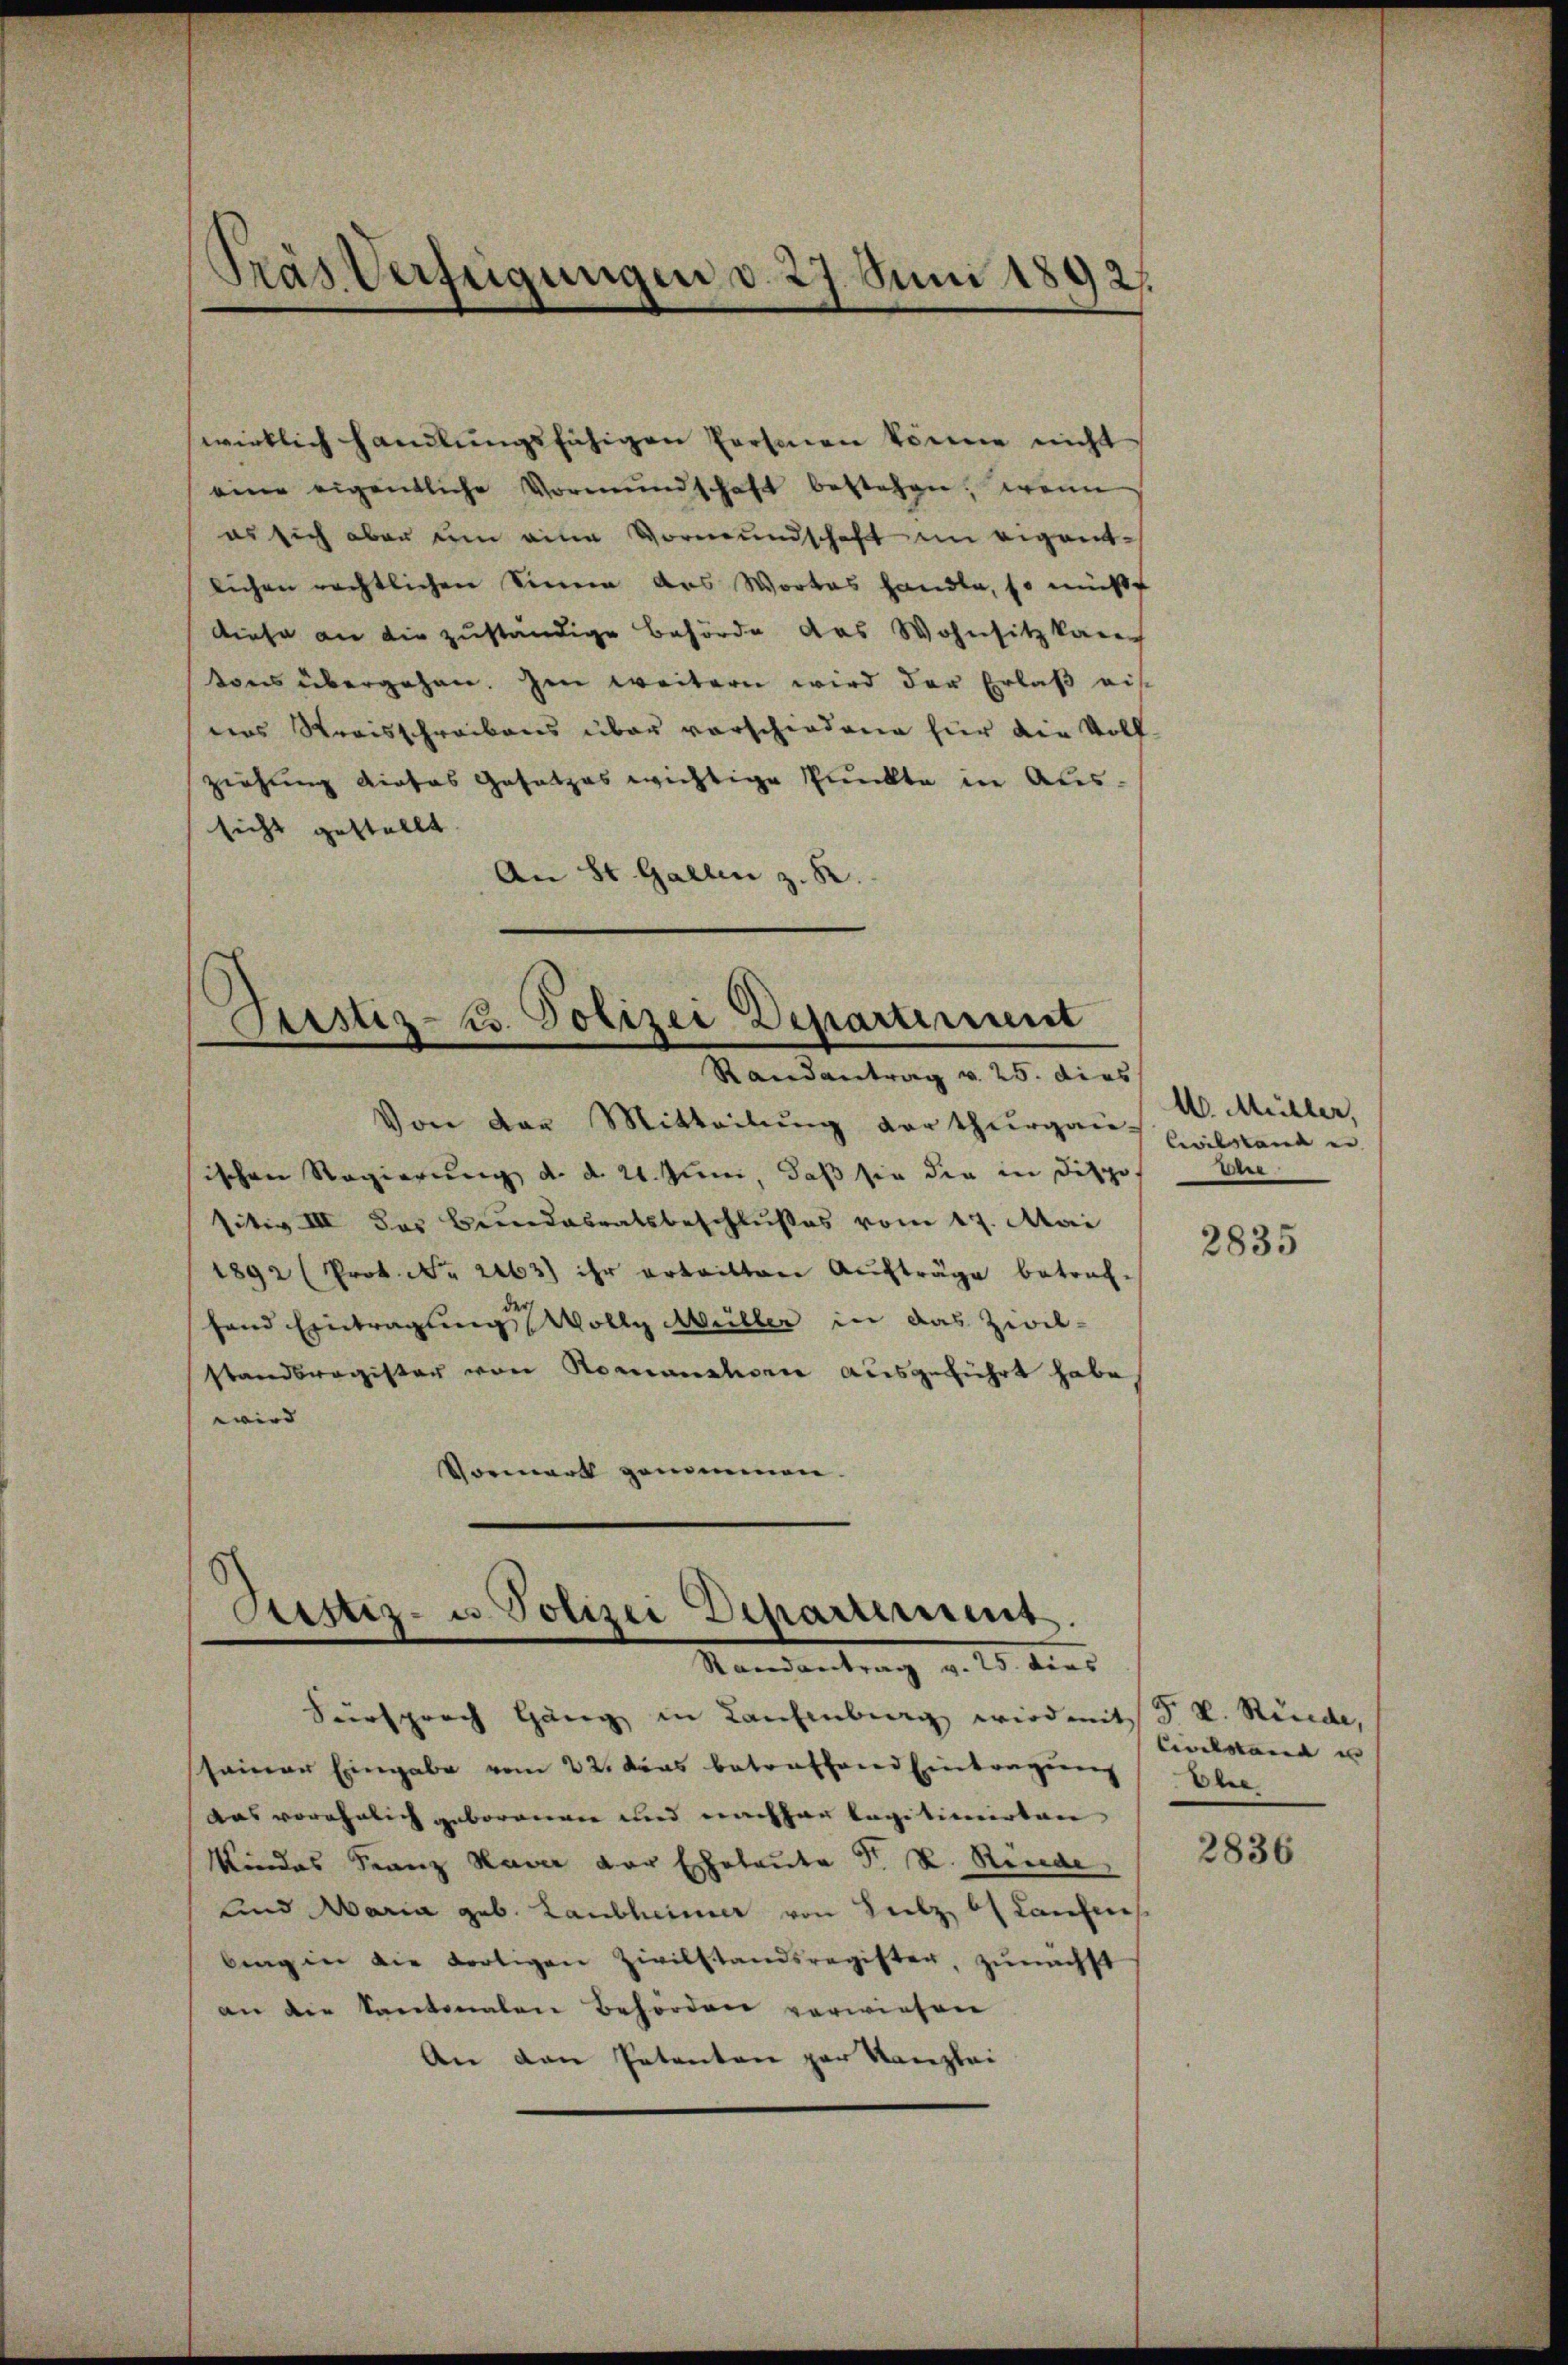
Präs. Verfügungen d. 27. Juni 1892.

wirklich handlungsfähigen Personen könne nicht
eine eigentliche Vormŭndschaft bestehen, wenn
es sich aber um eine Vormundschaft im eigentlichen rechtlichen Sinen das Wortes handle, so müßt
Diese an die zuständige Behörde das Wohnsitz kamen
tons übergehen. Im weitern wird der Erlaß ei
deas Streisschreibens über vorschiedene für die Vollziehung dieses Gesetzes wichtige Punkte in Aussicht gestellt
An St. Gallen z. B.

Justiz- u. Polizei Departement
Randantrag v. 25. dies

Von den Mitteilung der thurgaus Civilstand en
sischen Regierung d. d. 21. Juni, daß sie die in Dispo
sitiv III des Bundesratsbeschlußes vom 17. Mai
1892 (Prok. No. 2163) ihr ertritten Aufträge betraf-
fand Eintragung Wollg Müller in das Zivil-
standbragister von Romanshorn ausgeführt habe
wird |
Vormerk genommen.

Justiz- u. Polizei Departement.
Randantrag v. 25. dies

Fürsprach Häng in Laufenburg wird mit 5 V. Rüede,
seiner Eingabe vom 22. dans betreffend Eintragung
Das vorehelich geborenen und nachher legitimirten
Kindes Franz Haver der Eheleute F. R. Rinde
und Maria geb. Laubheimer von Heilz, b Laufen
bing in die dortigen Zivilstandsregister, zunächst
an die Kantonalen Behörden verwiesen
An den Petenten par Kanzlei

U. Müller,
der

2835

Civilstand in |
Ehee

2836